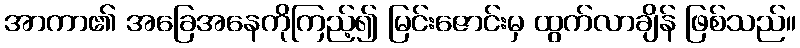
အာကာ၏ အခြေအနေကိုကြည့်၍ မြင်းဇောင်းမှ ထွက်လာချိန် ဖြစ်သည်။